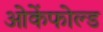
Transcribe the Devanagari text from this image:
ओकेंफोल्ड